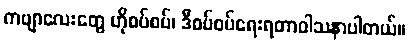
ကဗျာလေးတွေ ဟိုစပ်စပ်၊ ဒီစပ်စပ်ရေးရတာဝါသနာပါတယ်။